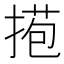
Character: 𢯿